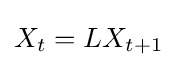
X_{t}=LX_{t+1}